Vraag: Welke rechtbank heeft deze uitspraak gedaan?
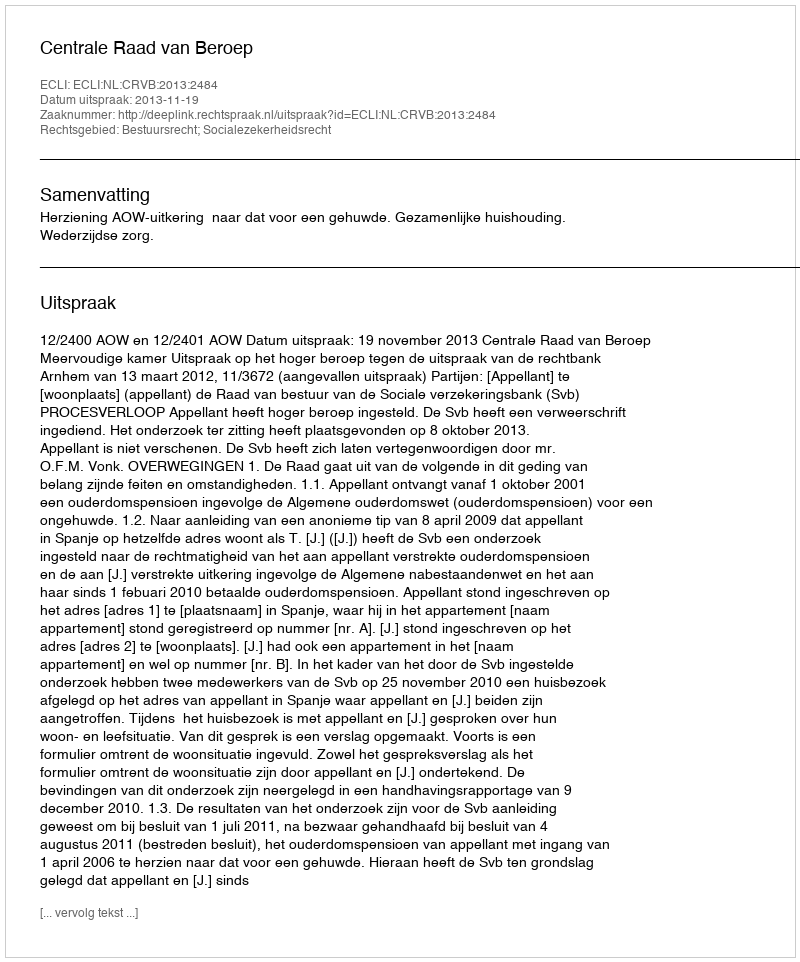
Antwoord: Centrale Raad van Beroep